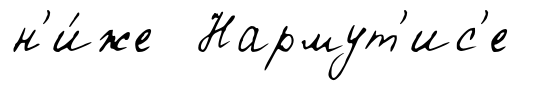
н'и́же Нармут'ис'е